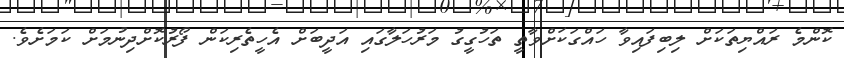
ކޮންމެ ރައްޔިތަކަށް ލިބިފައިވާ ހައްގަކަށްވާތީ ތަހުގީގު މަރުހަލާގައި އަދީބަށް އެހީތެރިކަން ފޯރުކޮށްދިނުމަށް ކަމަށެވެ.